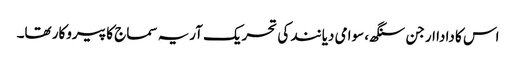
اس کا دادا ارجن سنگھ، سوامی دیانند کی تحریک آریہ سماج کا پیروکار تھا۔